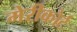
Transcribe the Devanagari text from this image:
मेरीकोर्ट